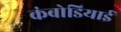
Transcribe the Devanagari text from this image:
कंबोडियाई